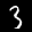
Label: 3